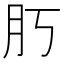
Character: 𦘰